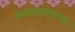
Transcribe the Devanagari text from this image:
काळसरपणा